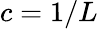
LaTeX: c=1/L